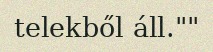
telekből áll.""